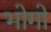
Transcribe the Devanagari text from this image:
भोगो